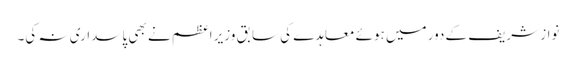
نواز شریف کے دور میں ہوئے معاہدے کی سابق وزیر اعظم نے بھی پاسداری نہ کی۔